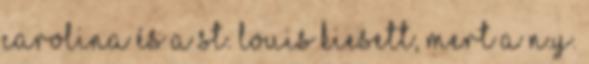
Carolina és a St. Louis kiesett, mert a N.Y.